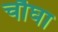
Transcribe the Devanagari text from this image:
चौघा